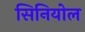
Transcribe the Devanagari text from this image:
सिनियोल